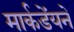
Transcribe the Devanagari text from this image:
मार्कडेंयने